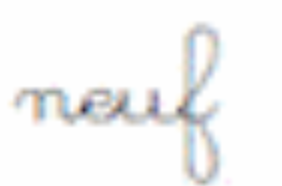
neuf